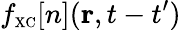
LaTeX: f_{\scriptscriptstyle\mathrm{XC}}[n]({\mathbf r},t-t^{\prime})